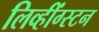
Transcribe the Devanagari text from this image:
लिव्हींग्स्टन